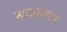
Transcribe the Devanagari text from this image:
ताठरल्यास